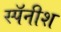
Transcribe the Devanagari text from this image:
स्पॅनीश